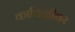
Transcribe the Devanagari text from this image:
काविळीवर